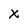
Character: X